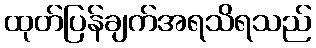
ထုတ်ပြန်ချက်အရသိရသည်